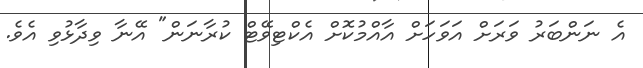
އެ ނަންބަރު ވަރަށް އަވަހަށް އާއްމުކޮށް އެކްޓިވޭޓް ކުރާނަން" އޭނާ ވިދާޅުވި އެވެ.